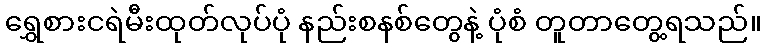
ရွှေစားငရဲမီးထုတ်လုပ်ပုံ နည်းစနစ်တွေနဲ့ ပုံစံ တူတာတွေ့ရသည်။